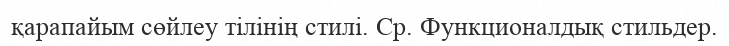
қарапайым сөйлеу тілінің стилі. Ср. Функционалдық стильдер.